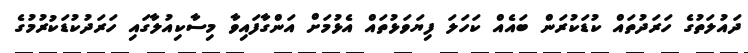
ދައުލަތުގެ ހަރަދުތައް ކުޑަކުރަން ބައެއް ކަހަލަ ފިޔަވަޅުތައް އެޅުމަށް އަންގާފައިވާ މިސާކިއުލާގައި ހަރަދުކުޑަކުރުމުގެ